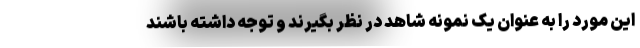
این مورد را به عنوان یک نمونه شاهد در نظر بگیرند و توجه داشته باشند